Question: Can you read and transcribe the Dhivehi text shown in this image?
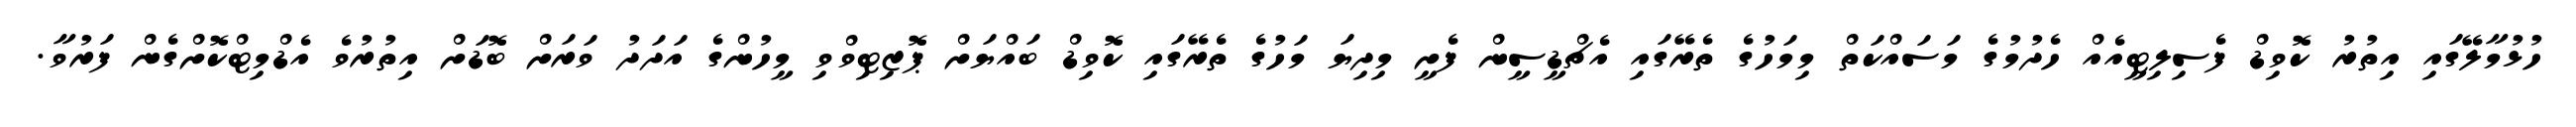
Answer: ހުޅުމާލޭގައި އިތުރު ކޮވިޑް ފެސިލިޓީއެއް ހެދުމުގެ މަސައްކަތް މިމަހުގެ ތެރޭގައި އެޗްޑީސީން ފެށީ މިދިޔަ މަހުގެ ތެރޭގައި ކޮވިޑް ބައްޔަށް ޕޮޒިޓިވްވި މީހުންގެ އަދަދު ވަރަށް ބޮޑަށް އިތުރުވެ އެޑްމިޓްކޮށްގެން ފަރުވާ.